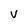
Character: V